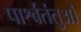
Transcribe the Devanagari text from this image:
पार्श्वतंतुओं